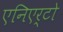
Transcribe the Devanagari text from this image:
एनिएर्टो